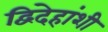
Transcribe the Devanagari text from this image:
द्विदेहांशी